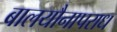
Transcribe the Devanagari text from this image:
बालयौनापराध